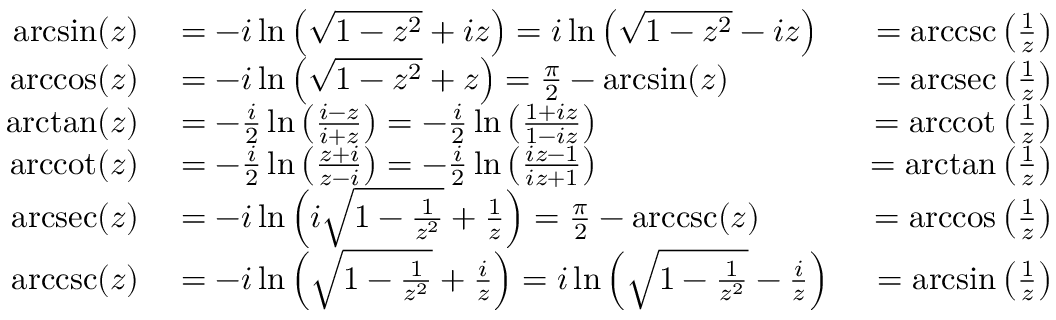
\begin{array} { r l r } { \arcsin ( z ) } & { { } { } = - i \ln \left( { \sqrt { 1 - z ^ { 2 } } } + i z \right) = i \ln \left( { \sqrt { 1 - z ^ { 2 } } } - i z \right) } & { { } = \operatorname { a r c c s c } \left( { \frac { 1 } { z } } \right) } \\ { \operatorname { a r c c o s } ( z ) } & { { } { } = - i \ln \left( { \sqrt { 1 - z ^ { 2 } } } + z \right) = { \frac { \pi } { 2 } } - \arcsin ( z ) } & { { } = \operatorname { a r c s e c } \left( { \frac { 1 } { z } } \right) } \\ { \arctan ( z ) } & { { } { } = - { \frac { i } { 2 } } \ln \left( { \frac { i - z } { i + z } } \right) = - { \frac { i } { 2 } } \ln \left( { \frac { 1 + i z } { 1 - i z } } \right) } & { { } = \operatorname { a r c c o t } \left( { \frac { 1 } { z } } \right) } \\ { \operatorname { a r c c o t } ( z ) } & { { } { } = - { \frac { i } { 2 } } \ln \left( { \frac { z + i } { z - i } } \right) = - { \frac { i } { 2 } } \ln \left( { \frac { i z - 1 } { i z + 1 } } \right) } & { { } = \arctan \left( { \frac { 1 } { z } } \right) } \\ { \operatorname { a r c s e c } ( z ) } & { { } { } = - i \ln \left( i { \sqrt { 1 - { \frac { 1 } { z ^ { 2 } } } } } + { \frac { 1 } { z } } \right) = { \frac { \pi } { 2 } } - \operatorname { a r c c s c } ( z ) } & { { } = \operatorname { a r c c o s } \left( { \frac { 1 } { z } } \right) } \\ { \operatorname { a r c c s c } ( z ) } & { { } { } = - i \ln \left( { \sqrt { 1 - { \frac { 1 } { z ^ { 2 } } } } } + { \frac { i } { z } } \right) = i \ln \left( { \sqrt { 1 - { \frac { 1 } { z ^ { 2 } } } } } - { \frac { i } { z } } \right) } & { { } = \arcsin \left( { \frac { 1 } { z } } \right) } \end{array}